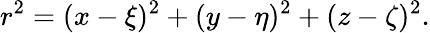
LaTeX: r^{2}=(x-\xi)^{2}+(y-\eta)^{2}+(z-\zeta)^{2}.